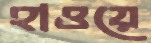
হাওয়ে